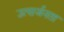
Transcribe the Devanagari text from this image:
उत्सर्जनता